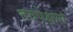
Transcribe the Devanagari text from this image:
तदपेक्षया